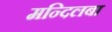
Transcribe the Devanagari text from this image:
मन्दिलबा